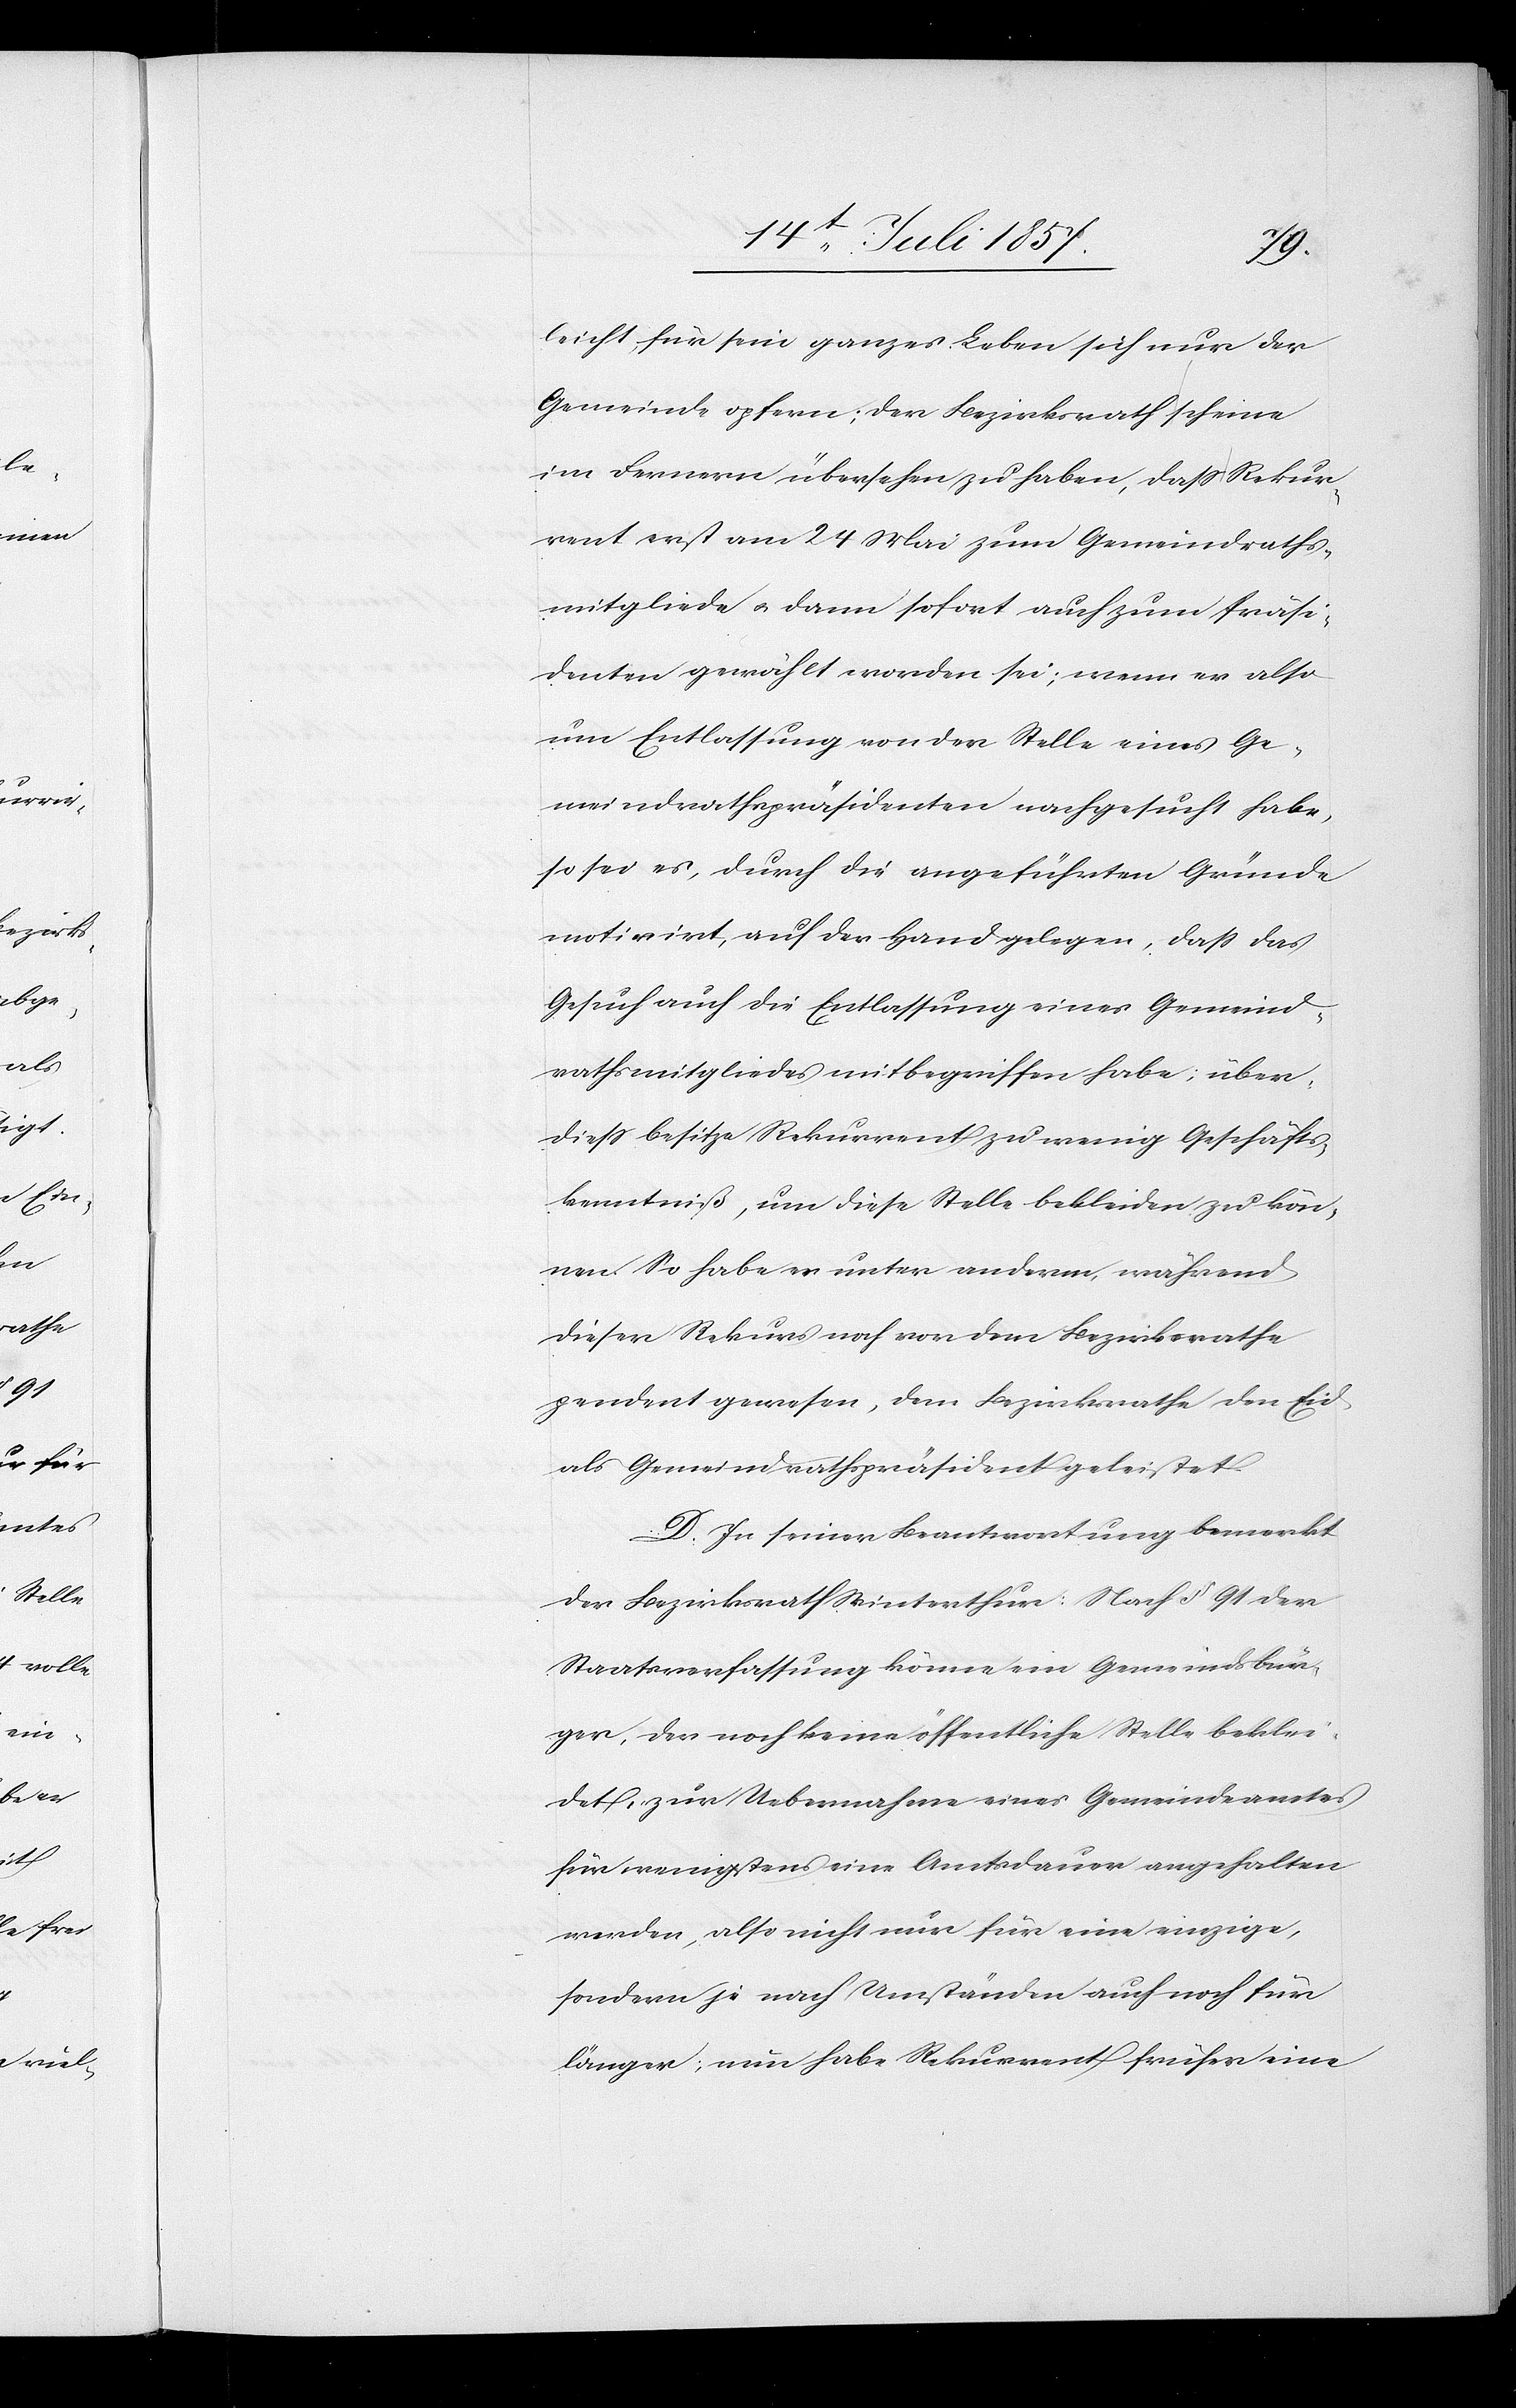
leicht für sein ganzes Leben sich nur der
Gemeinde opfern; der Bezirksrath scheine
im Fernern übersehen zu haben, daß Rekur¬
rent erst am 24 Mai zum Gemeindraths¬
mitgliede & dann sofort auch zum Präsi¬
denten gewählt worden sei; wenn er also
um Entlassung von der Stelle eines Ge¬
meindrathspräsidenten nachgesucht habe,
so sei es, durch die angeführten Gründe
motivirt, auf der Hand gelegen, daß das
Gesuch auch die Entlassung eines Gemeind¬
rathsmitgliedes mitbegriffen habe, über¬
dieß besitze Rekurrent zu wenig Geschäfts¬
kenntniß, um diese Stelle bekleiden zu kön¬
nen. So habe er unter anderm, während
dieser Rekurs noch vor dem Bezirksrathe
pendent gewesen, dem Bezirksrathe den Eid
als Gemeindrathspräsident geleistet.
D. In seiner Beantwortung bemerkt
der Bezirksrath Winterthur: Nach § 91 der
Staatsverfassung könne ein Gemeindsbür¬
ger, der noch keine öffentliche Stelle beklei¬
det, zur Uebernahme eines Gemeindeamtes
für wenigstens eine Amtsdauer angehalten
werden, also nicht nur für eine einzige,
sondern je nach Umständen auch noch für
länger; nun habe Rekurrent früher eine